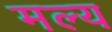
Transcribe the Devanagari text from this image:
मल्य